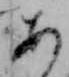
あ